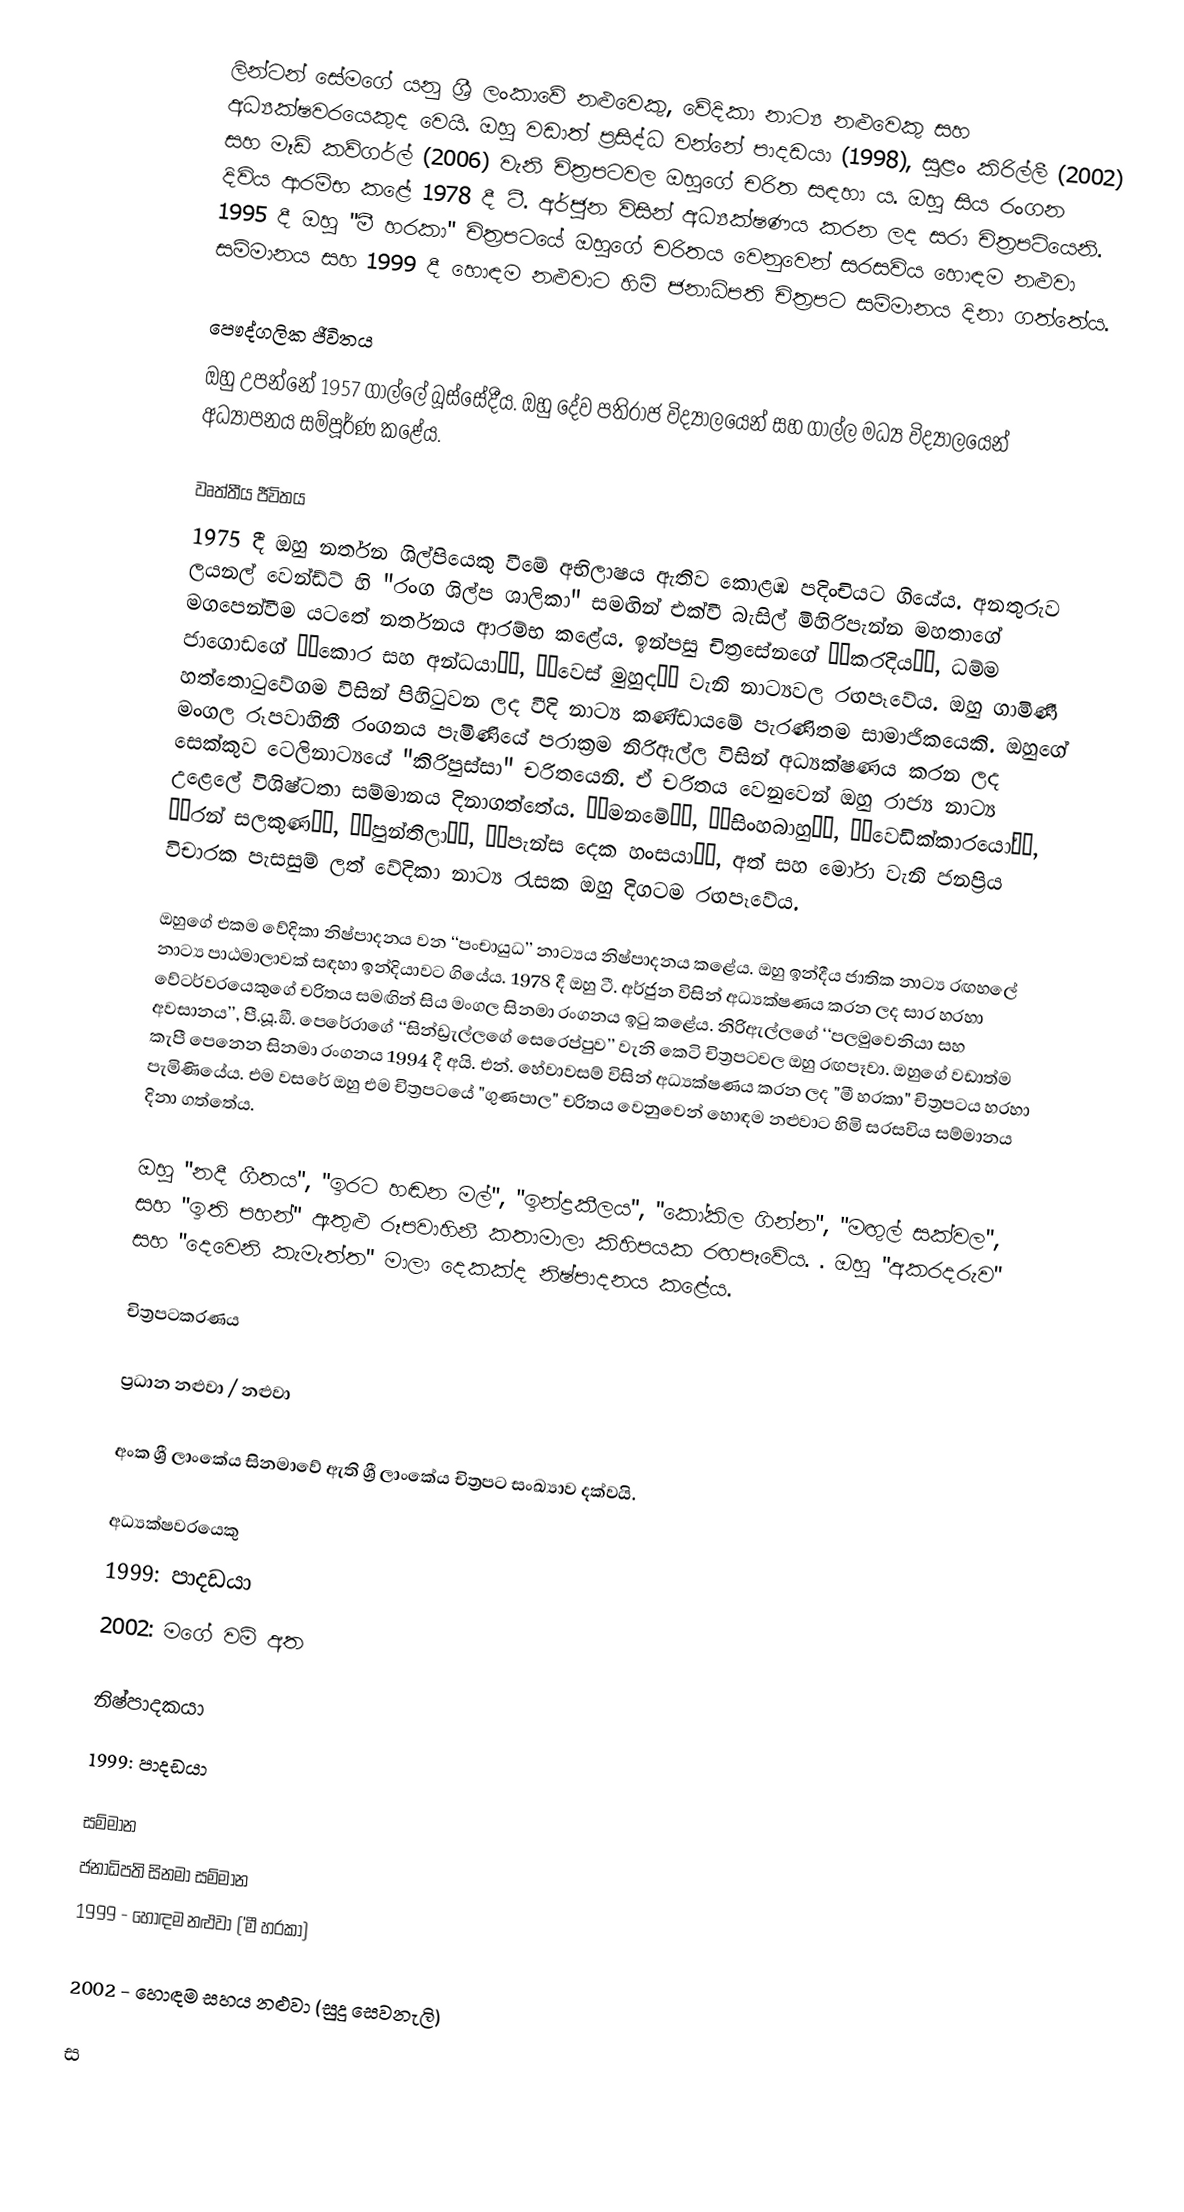
ලින්ටන් සේමගේ යනු ශ්‍රී ලංකාවේ නළුවෙකු, වේදිකා නාට්‍ය නළුවෙකු සහ අධ්‍යක්ෂවරයෙකුද වෙයි. ඔහු වඩාත් ප්‍රසිද්ධ වන්නේ පාදඩයා (1998), සුළං කිරිල්ලී (2002) සහ මෑඩ් කව්ගර්ල් (2006) වැනි චිත්‍රපටවල ඔහුගේ චරිත සඳහා ය. ඔහු සිය රංගන දිවිය ආරම්භ කළේ 1978 දී ටී. අර්ජුන විසින් අධ්‍යක්ෂණය කරන ලද සරා චිත්‍රපටියෙනි. 1995 දී ඔහු "මී හරකා" චිත්‍රපටයේ ඔහුගේ චරිතය වෙනුවෙන් සරසවිය හොඳම නළුවා සම්මානය සහ 1999 දී හොඳම නළුවාට හිමි ජනාධිපති චිත්‍රපට සම්මානය දිනා ගත්තේය.

පෞද්ගලික ජීවිතය
ඔහු උපන්නේ 1957 ගාල්ලේ බූස්සේදීය. ඔහු දේව පතිරාජ විද්‍යාලයෙන් සහ ගාල්ල මධ්‍ය විද්‍යාලයෙන් අධ්‍යාපනය සම්පූර්ණ කළේය.

වෘත්තීය ජීවිතය
1975 දී ඔහු නර්තන ශිල්පියෙකු වීමේ අභිලාෂය ඇතිව කොළඹ පදිංචියට ගියේය. අනතුරුව ලයනල් වෙන්ඩ්ට් හි "රංග ශිල්ප ශාලිකා" සමඟින් එක්වී බැසිල් මිහිරිපැන්න මහතාගේ මගපෙන්වීම යටතේ නර්තනය ආරම්භ කළේය. ඉන්පසු චිත්‍රසේනගේ ‘‘කරදිය’’, ධම්ම ජාගොඩගේ ‘‘කොර සහ අන්ධයා’’, ‘‘වෙස් මුහුද’’ වැනි නාට්‍යවල රඟපෑවේය. ඔහු ගාමිණී හත්තොටුවේගම විසින් පිහිටුවන ලද වීදි නාට්‍ය කණ්ඩායමේ පැරණිතම සාමාජිකයෙකි. ඔහුගේ මංගල රූපවාහිනී රංගනය පැමිණියේ පරාක්‍රම නිරිඇල්ල විසින් අධ්‍යක්ෂණය කරන ලද සෙක්කුව ටෙලිනාට්‍යයේ "කිරිපුස්සා" චරිතයෙනි. ඒ චරිතය වෙනුවෙන් ඔහු රාජ්‍ය නාට්‍ය උළෙලේ විශිෂ්ටතා සම්මානය දිනාගත්තේය. ‘‘මනමේ’’, ‘‘සිංහබාහු’’, ‘‘වෙඩික්කාරයෝ’’, ‘‘රන් සලකුණ’’, ‘‘පුන්තිලා’’, ‘‘පැන්ස දෙක හංසයා’’, අත් සහ මෝරා වැනි ජනප්‍රිය විචාරක පැසසුම් ලත් වේදිකා නාට්‍ය රැසක ඔහු දිගටම රඟපෑවේය.

ඔහුගේ එකම වේදිකා නිෂ්පාදනය වන ‘‘පංචායුධ’’ නාට්‍යය නිෂ්පාදනය කළේය. ඔහු ඉන්දීය ජාතික නාට්‍ය රඟහලේ නාට්‍ය පාඨමාලාවක් සඳහා ඉන්දියාවට ගියේය. 1978 දී ඔහු ටී. අර්ජුන විසින් අධ්‍යක්ෂණය කරන ලද සාර හරහා වේටර්වරයෙකුගේ චරිතය සමඟින් සිය මංගල සිනමා රංගනය ඉටු කළේය. නිරිඇල්ලගේ ‘‘පලමුවෙනියා සහ අවසානය’’, පී.යූ.ඞී. පෙරේරාගේ ‘‘සින්ඩ්‍රැල්ලගේ සෙරෙප්පුව’’ වැනි කෙටි චිත්‍රපටවල ඔහු රඟපෑවා. ඔහුගේ වඩාත්ම කැපී පෙනෙන සිනමා රංගනය 1994 දී අයි. එන්. හේවාවසම් විසින් අධ්‍යක්ෂණය කරන ලද "මී හරකා" චිත්‍රපටය හරහා පැමිණියේය. එම වසරේ ඔහු එම චිත්‍රපටයේ "ගුණපාල" චරිතය වෙනුවෙන් හොඳම නළුවාට හිමි සරසවිය සම්මානය දිනා ගත්තේය.

ඔහු "නදී ගීතය", "ඉරට හඬන මල්", "ඉන්ද්‍රකීලය", "කෝකිල ගින්න", "මඟුල් සක්වල", සහ "ඉති පහන්" ඇතුළු රූපවාහිනී කතාමාලා කිහිපයක රඟපෑවේය. . ඔහු "අකරදරුව" සහ "දෙවෙනි කැමැත්ත" මාලා දෙකක්ද නිෂ්පාදනය කළේය.

චිත්‍රපටකරණය

ප්‍රධාන නළුවා / නළුවා

 අංක ශ්‍රී ලාංකේය සිනමාවේ ඇති ශ්‍රී ලාංකේය චිත්‍රපට සංඛ්‍යාව දක්වයි.

අධ්‍යක්ෂවරයෙකු
 1999: පාදඩයා
 2002: මගේ වම් අත

නිෂ්පාදකයා
 1999: පාදඩයා

සම්මාන
 ජනාධිපති සිනමා සම්මාන
1999 - හොඳම නළුවා ('මී හරකා)

2002 - හොඳම සහය නළුවා (සුදු සෙවනැලි)

 ස